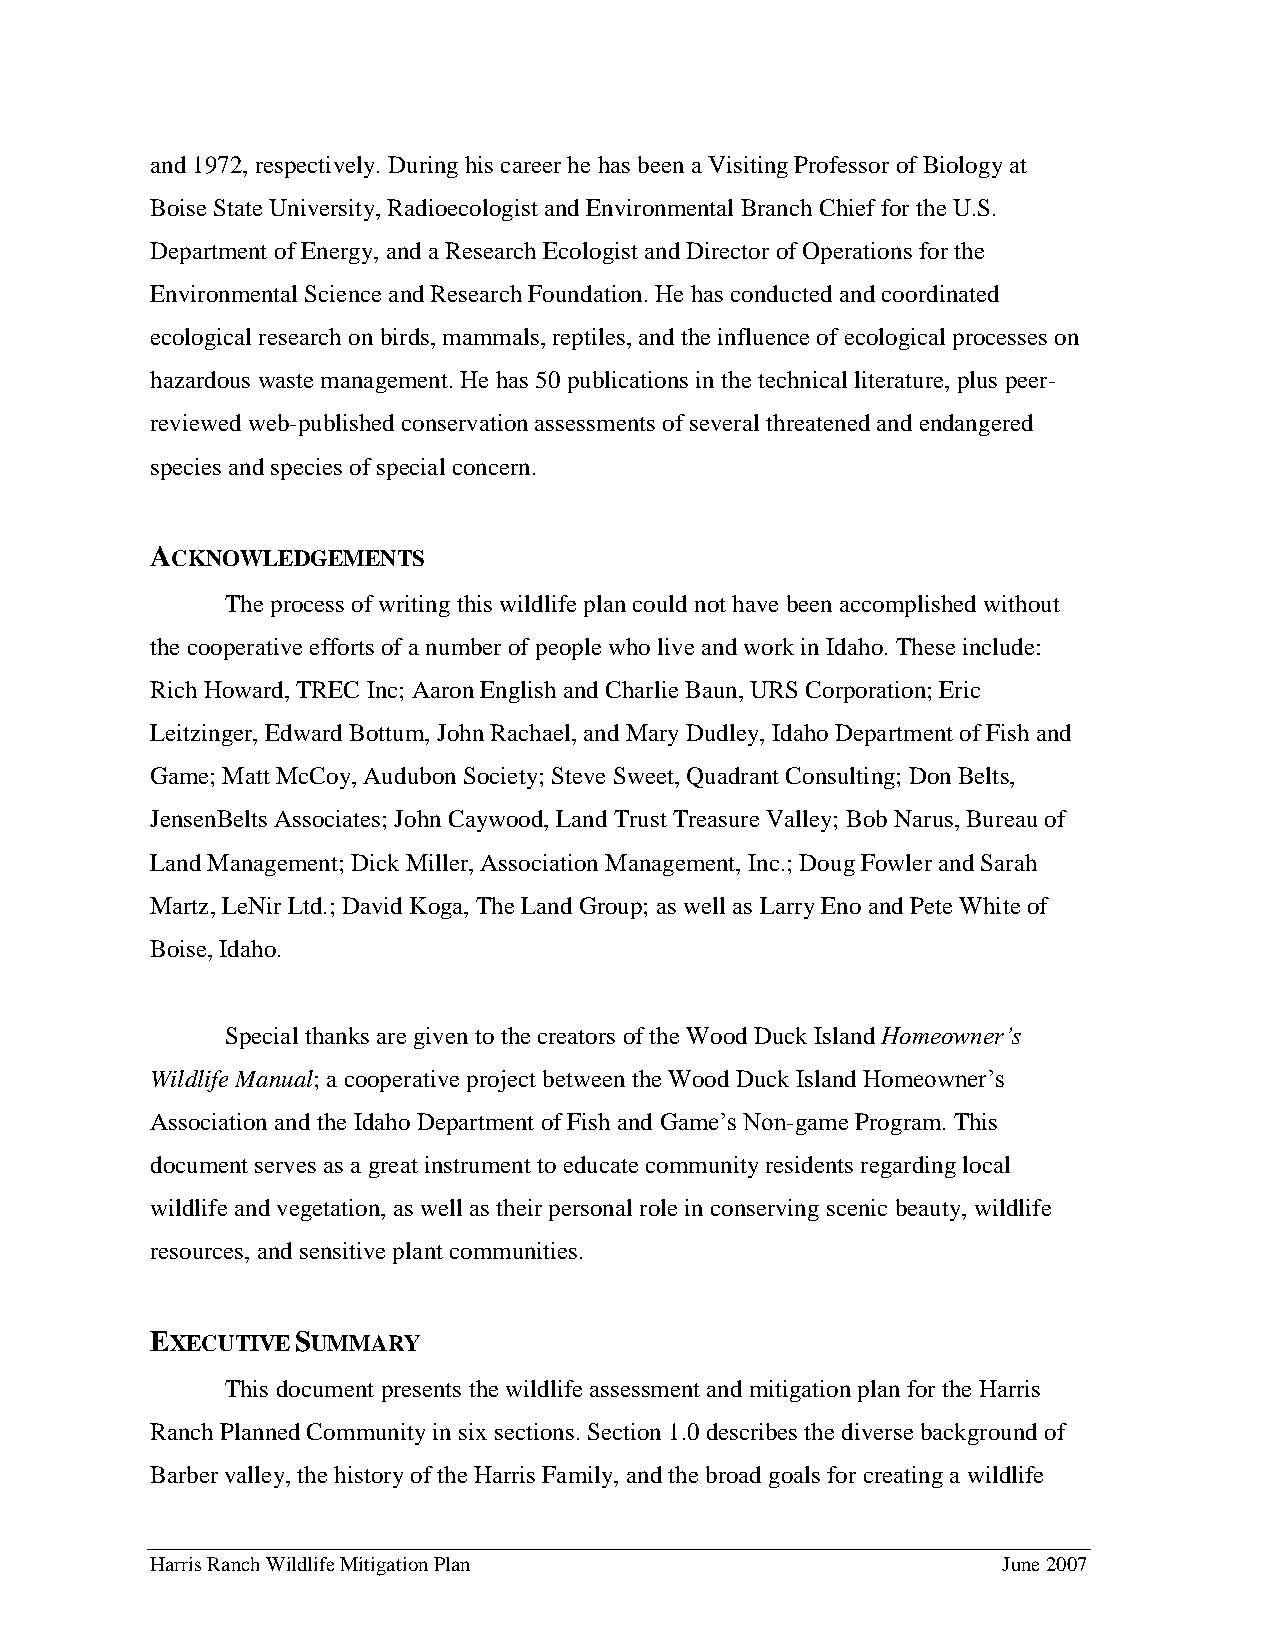
and 1972, respectively. During his career he has been a Visiting Professor of Biology at
 Boise State University, Radioecologist and Environmental Branch Chief for the U.S.
 Department of Energy, and a Research Ecologist and Director of Operations for the
 Environmental Science and Research Foundation. He has conducted and coordinated
 ecological research on birds, mammals, reptiles, and the influence of ecological processes on
 hazardous waste management. He has 50 publications in the technical literature, plus peer-
 reviewed web-published conservation assessments of several threatened and endangered
 species and species of special concern.
 ACKNOWLEDGEMENTS
 The process of writing this wildlife plan could not have been accomplished without
 the cooperative efforts of a number of people who live and work in Idaho. These include:
 Rich Howard, TREC Inc; Aaron English and Charlie Baun, URS Corporation; Eric
 Leitzinger, Edward Bottum, John Rachael, and Mary Dudley, Idaho Department of Fish and
 Game; Matt McCoy, Audubon Society; Steve Sweet, Quadrant Consulting; Don Belts,
 JensenBelts Associates; John Caywood, Land Trust Treasure Valley; Bob Narus, Bureau of
 Land Management; Dick Miller, Association Management, Inc.; Doug Fowler and Sarah
 Martz, LeNir Ltd.; David Koga, The Land Group; as well as Larry Eno and Pete White of
 Boise, Idaho.
 Special thanks are given to the creators of the Wood Duck Island Homeowner’s
 Wildlife Manual; a cooperative project between the Wood Duck Island Homeowner’s
 Association and the Idaho Department of Fish and Game’s Non-game Program. This
 document serves as a great instrument to educate community residents regarding local
 wildlife and vegetation, as well as their personal role in conserving scenic beauty, wildlife
 resources, and sensitive plant communities.
 EXECUTIVE SUMMARY
 This document presents the wildlife assessment and mitigation plan for the Harris
 Ranch Planned Community in six sections. Section 1.0 describes the diverse background of
 Barber valley, the history of the Harris Family, and the broad goals for creating a wildlife
 Harris Ranch Wildlife Mitigation Plan                   June 2007